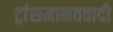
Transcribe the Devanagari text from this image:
ट्रांसमानववादी